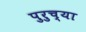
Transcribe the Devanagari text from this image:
पुरुच्या